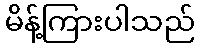
မိန့်ကြားပါသည်